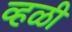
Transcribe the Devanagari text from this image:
व्हळी